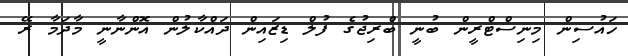
ހައުސިން މިނިސްޓްރީން ބުނީ ބްރިޖުގެ ފުލް ޑިޒައިން ދައްކާލުން އޮންނާނީ މާދަމާ ރޭ